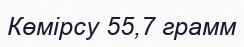
Көмірсу 55,7 грамм